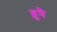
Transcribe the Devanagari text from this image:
ब्रुनै